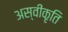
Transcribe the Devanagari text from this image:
अस्‍वीकृति